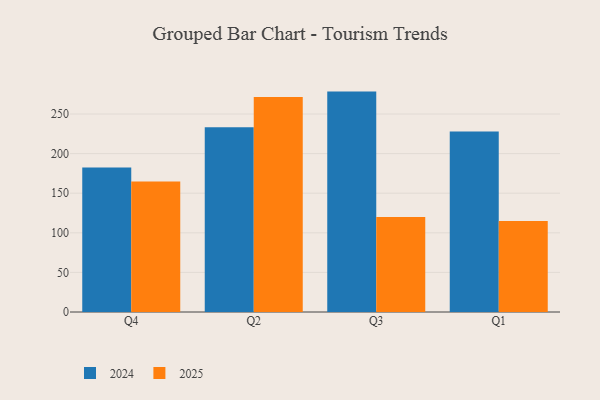
{"axis": {"x": "Quarter", "y": "Operating Costs (USD K)"}, "legend": ["2024", "2025"], "data": [{"x": "Q4", "y": 182.6, "type": "2024"}, {"x": "Q4", "y": 164.8, "type": "2025"}, {"x": "Q2", "y": 233.4, "type": "2024"}, {"x": "Q2", "y": 271.5, "type": "2025"}, {"x": "Q3", "y": 278.3, "type": "2024"}, {"x": "Q3", "y": 119.9, "type": "2025"}, {"x": "Q1", "y": 228.0, "type": "2024"}, {"x": "Q1", "y": 115.0, "type": "2025"}]}